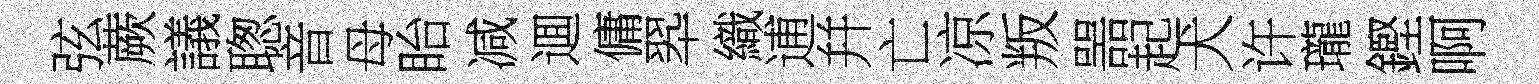
弦蕨議聦音母眙减逥傭翆織逋幷亡凉叛噐起犬许瓏鏗啊